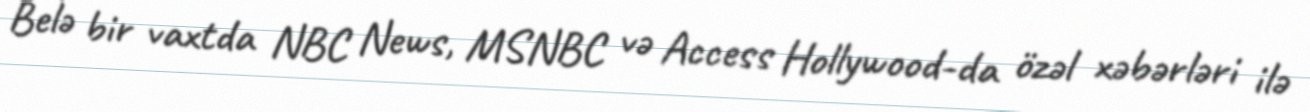
Belə bir vaxtda NBC News, MSNBC və Access Hollywood-da özəl xəbərləri ilə